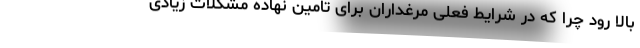
بالا رود چرا که در شرایط فعلی مرغداران برای تامین نهاده مشکلات زیادی